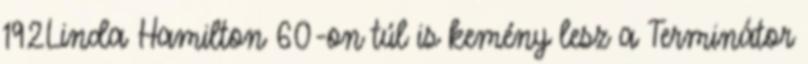
192Linda Hamilton 60-on túl is kemény lesz a Terminátor